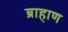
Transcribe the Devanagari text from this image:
ब्राहाण